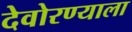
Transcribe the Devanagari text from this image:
देवोरण्याला